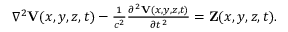
\begin{array} { r } { \nabla ^ { 2 } { \mathbf V } ( x , y , z , t ) - \frac { 1 } { c ^ { 2 } } \frac { \partial ^ { 2 } { \mathbf V } ( x , y , z , t ) } { \partial t ^ { 2 } } = { \mathbf Z } ( x , y , z , t ) . } \end{array}